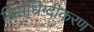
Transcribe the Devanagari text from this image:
निसंधिग्दीकरण